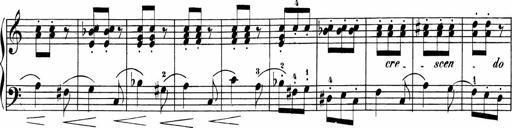
Title: Sonatinen Op.47, 98 und 136, nebst 6 Liedersonatinen
Composer: Carl Reinecke